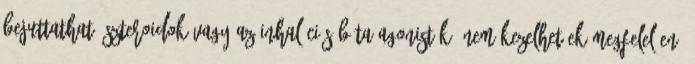
bejuttatható szteroidok vagy az inhalációs béta-agonisták, nem kezelhetőek megfelelően.